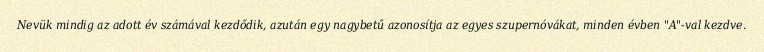
Nevük mindig az adott év számával kezdődik, azután egy nagybetű azonosítja az egyes szupernóvákat, minden évben "A"-val kezdve.